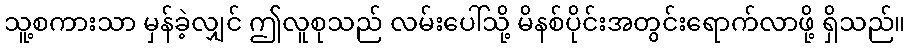
သူ့စကားသာ မှန်ခဲ့လျှင် ဤလူစုသည် လမ်းပေါ်သို့ မိနစ်ပိုင်းအတွင်းရောက်လာဖို့ ရှိသည်။